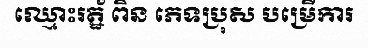
ឈ្មោះរត្ឋ័ ពិន ភេទប្រុស បម្រើការ